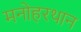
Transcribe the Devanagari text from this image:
मनोहरथान